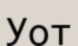
Уот